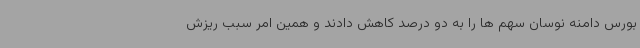
بورس دامنه نوسان سهم ها را به دو درصد کاهش دادند و همین امر سبب ریزش